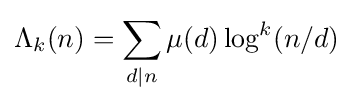
\Lambda _{k}(n)=\sum \limits _{d\mid n}\mu (d)\log ^{k}(n/d)